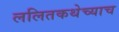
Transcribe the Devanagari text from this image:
ललितकथेच्याच